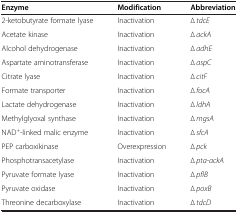
<table><thead><tr><td><b>Enzyme</b></td><td><b>Modification</b></td><td><b>Abbreviation</b></td></tr></thead><tbody><tr><td>2-ketobutyrate formate lyase</td><td>Inactivation</td><td>∆<i> tdcE</i></td></tr><tr><td>Acetate kinase</td><td>Inactivation</td><td>∆<i> ackA</i></td></tr><tr><td>Alcohol dehydrogenase</td><td>Inactivation</td><td>∆<i> adhE</i></td></tr><tr><td>Aspartate aminotransferase</td><td>Inactivation</td><td>∆<i> aspC</i></td></tr><tr><td>Citrate lyase</td><td>Inactivation</td><td>∆<i> citF</i></td></tr><tr><td>Formate transporter</td><td>Inactivation</td><td>∆<i> focA</i></td></tr><tr><td>Lactate dehydrogenase</td><td>Inactivation</td><td>∆<i> ldhA</i></td></tr><tr><td>Methylglyoxal synthase</td><td>Inactivation</td><td>∆<i> mgsA</i></td></tr><tr><td>NAD<sup>+</sup>-linked malic enzyme</td><td>Inactivation</td><td>∆<i> sfcA</i></td></tr><tr><td>PEP carboxikinase</td><td>Overexpression</td><td>∆<i> pck</i></td></tr><tr><td>Phosphotransacetylase</td><td>Inactivation</td><td>∆<i> pta-ackA</i></td></tr><tr><td>Pyruvate formate lyase</td><td>Inactivation</td><td>∆<i> pflB</i></td></tr><tr><td>Pyruvate oxidase</td><td>Inactivation</td><td>∆<i> poxB</i></td></tr><tr><td>Threonine decarboxylase</td><td>Inactivation</td><td>∆<i> tdcD</i></td></tr></tbody></table>